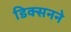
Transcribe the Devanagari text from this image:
डिक्सनने